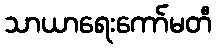
သာယာရေးကော်မတီ